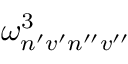
\omega _ { n ^ { \prime } v ^ { \prime } n ^ { \prime \prime } v ^ { \prime \prime } } ^ { 3 }